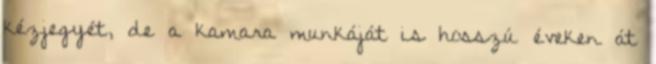
kézjegyét, de a kamara munkáját is hosszú éveken át